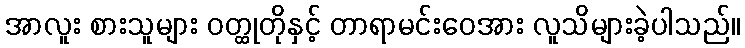
အာလူး စားသူများ ဝတ္ထုတိုနှင့် တာရာမင်းဝေအား လူသိများခဲ့ပါသည်။